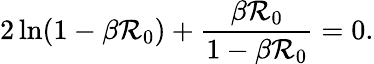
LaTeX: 2\ln(1-\beta\mathcal{R}_{0})+\frac{{\beta\mathcal{R}_{0}}}{{1-\beta\mathcal{R}_{0}}}=0.